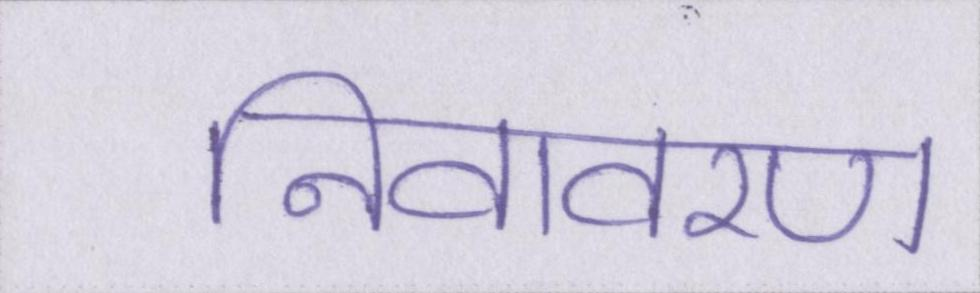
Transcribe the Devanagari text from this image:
निवावरण